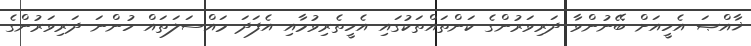
ޚާއްޞަ އެހީއަށް ބޭނުންވާ ދަރިވަރުންގެ ކަންތައްތަކުގައި އެހީތެރިވުމާއި އެފަދަ މައްސަލަތައް ހުންނަ ދަރިވަރުންގެ